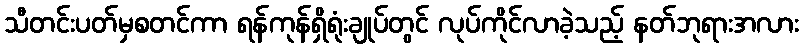
သီတင်းပတ်မှစတင်ကာ ရန်ကုန်ရှိရုံးချုပ်တွင် လုပ်ကိုင်လာခဲ့သည့် နတ်ဘုရားအလား